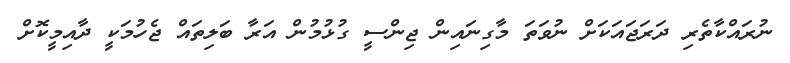
ނުރައްކާތެރި ދަރަޖައަކަށް ނުވަތަ މާގިނައިން ޖިންސީ ގުޅުމުން އަރާ ބަލިތައް ޖެހުމަކީ ދާއިމީކޮށް